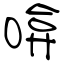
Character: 啽